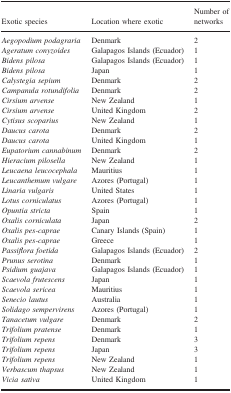
<table><thead><tr><td><b>Exotic species</b></td><td><b>Location where exotic</b></td><td><b>Number of networks</b></td></tr></thead><tbody><tr><td><i>Aegopodium podagraria</i></td><td>Denmark</td><td>2</td></tr><tr><td><i>Ageratum conyzoides</i></td><td>Galapagos Islands (Ecuador)</td><td>1</td></tr><tr><td><i>Bidens pilosa</i></td><td>Galapagos Islands (Ecuador)</td><td>1</td></tr><tr><td><i>Bidens pilosa</i></td><td>Japan</td><td>1</td></tr><tr><td><i>Calystegia sepium</i></td><td>Denmark</td><td>2</td></tr><tr><td><i>Campanula rotundifolia</i></td><td>Denmark</td><td>2</td></tr><tr><td><i>Cirsium arvense</i></td><td>New Zealand</td><td>1</td></tr><tr><td><i>Cirsium arvense</i></td><td>United Kingdom</td><td>2</td></tr><tr><td><i>Cytisus scoparius</i></td><td>New Zealand</td><td>1</td></tr><tr><td><i>Daucus carota</i></td><td>Denmark</td><td>2</td></tr><tr><td><i>Daucus carota</i></td><td>United Kingdom</td><td>1</td></tr><tr><td><i>Eupatorium cannabinum</i></td><td>Denmark</td><td>2</td></tr><tr><td><i>Hieracium pilosella</i></td><td>New Zealand</td><td>1</td></tr><tr><td><i>Leucaena leucocephala</i></td><td>Mauritius</td><td>1</td></tr><tr><td><i>Leucanthemum vulgare</i></td><td>Azores (Portugal)</td><td>1</td></tr><tr><td><i>Linaria vulgaris</i></td><td>United States</td><td>1</td></tr><tr><td><i>Lotus corniculatus</i></td><td>Azores (Portugal)</td><td>1</td></tr><tr><td><i>Opuntia stricta</i></td><td>Spain</td><td>1</td></tr><tr><td><i>Oxalis corniculata</i></td><td>Japan</td><td>2</td></tr><tr><td><i>Oxalis pes-caprae</i></td><td>Canary Islands (Spain)</td><td>1</td></tr><tr><td><i>Oxalis pes-caprae</i></td><td>Greece</td><td>1</td></tr><tr><td><i>Passiflora foetida</i></td><td>Galapagos Islands (Ecuador)</td><td>2</td></tr><tr><td><i>Prunus serotina</i></td><td>Denmark</td><td>1</td></tr><tr><td><i>Psidium guajava</i></td><td>Galapagos Islands (Ecuador)</td><td>1</td></tr><tr><td><i>Scaevola frutescens</i></td><td>Japan</td><td>1</td></tr><tr><td><i>Scaevola sericea</i></td><td>Mauritius</td><td>1</td></tr><tr><td><i>Senecio lautus</i></td><td>Australia</td><td>1</td></tr><tr><td><i>Solidago sempervirens</i></td><td>Azores (Portugal)</td><td>1</td></tr><tr><td><i>Tanacetum vulgare</i></td><td>Denmark</td><td>2</td></tr><tr><td><i>Trifolium pratense</i></td><td>Denmark</td><td>1</td></tr><tr><td><i>Trifolium repens</i></td><td>Denmark</td><td>3</td></tr><tr><td><i>Trifolium repens</i></td><td>Japan</td><td>3</td></tr><tr><td><i>Trifolium repens</i></td><td>New Zealand</td><td>1</td></tr><tr><td><i>Verbascum thapsus</i></td><td>New Zealand</td><td>1</td></tr><tr><td><i>Vicia sativa</i></td><td>United Kingdom</td><td>1</td></tr></tbody></table>